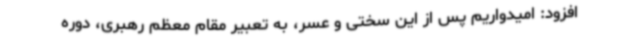
افزود: امیدواریم پس از این سختی و عسر، به تعبیر مقام معظم رهبری، دوره